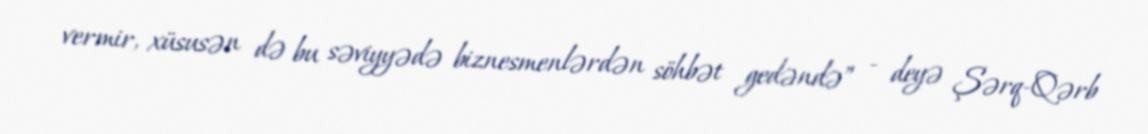
vermir, xüsusən də bu səviyyədə biznesmenlərdən söhbət gedəndə” - deyə Şərq-Qərb